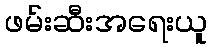
ဖမ်းဆီးအရေးယူ